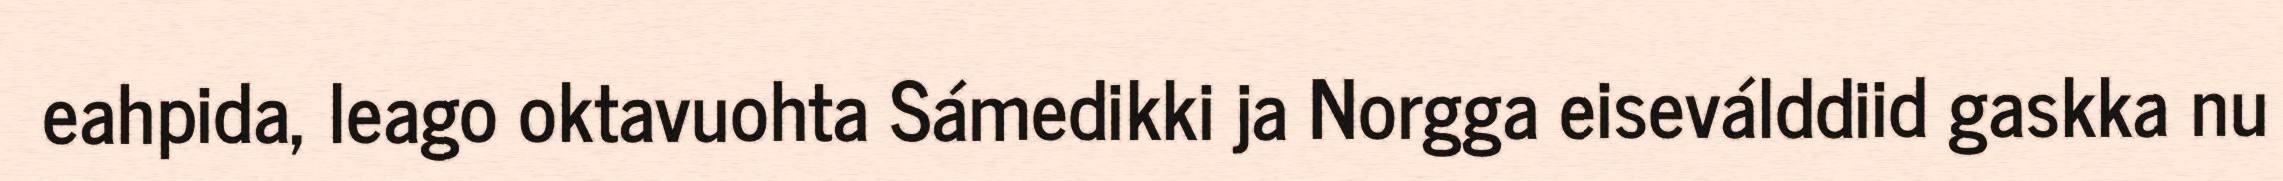
eahpida, leago oktavuohta Sámedikki ja Norgga eiseválddiid gaskka nu